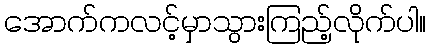
အောက်ကလင့်မှာသွားကြည့်လိုက်ပါ။